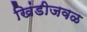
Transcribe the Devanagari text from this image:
खिंडीजवळ